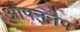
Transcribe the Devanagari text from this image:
ओपननैप